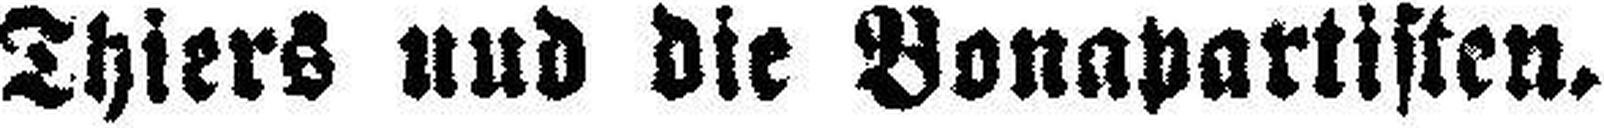
Thiers und die Bonapartisten.